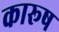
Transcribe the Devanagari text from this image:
कारूष